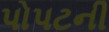
પોપટની